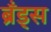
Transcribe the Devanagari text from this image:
ब्रॅंड्स